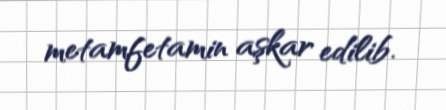
metamfetamin aşkar edilib.